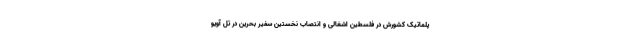
پلماتیک کشورش در فلسطین اشغالی و انتصاب نخستین سفیر بحرین در تل آویو